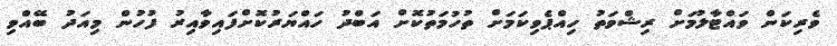
ވެރިކަން ވައްޓާލުމަށް ރިޝްވަތު ހިއްޕެވިކަމަށް ތުހުމަތުކޮށް އަބްދު ހައްޔަރުކޮށްފައިވާއިރު ފުހުން މިއަދު ބޭއްވި